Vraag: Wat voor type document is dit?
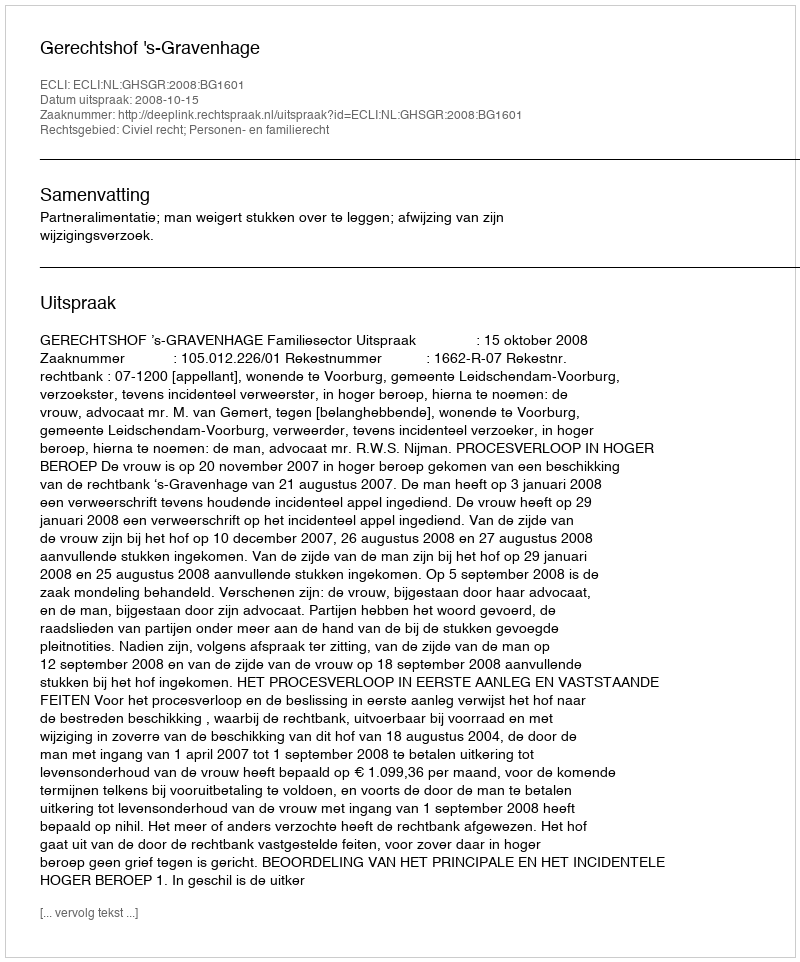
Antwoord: Uitspraak